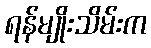
ရန်မျိုးသိမ်းက